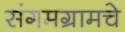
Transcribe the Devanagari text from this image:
संगमग्रामचे